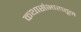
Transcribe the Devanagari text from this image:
कथासंभारातून